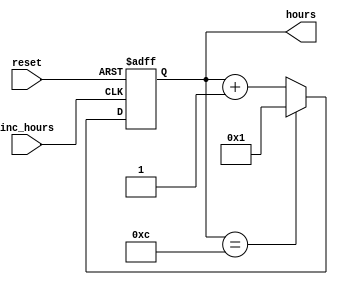
`timescale 1ns / 1ps

module hours(
    input inc_hours,        // From minutes
    input reset,
    output [3:0] hours
    );
    
    reg [3:0] hrs_ctr = 12;
    
    always @(negedge inc_hours or posedge reset) begin
        if(reset)
            hrs_ctr <= 12;
        else
            if(hrs_ctr == 12)
                hrs_ctr <= 1;
            else
                hrs_ctr <= hrs_ctr + 1;
    end
    
    assign hours = hrs_ctr;
    
endmodule




`timescale 1ns / 1ps

module minutes(
    input inc_minutes,      // From seconds
    input reset,
    output inc_hours,       // To hours
    output [5:0] minutes   
    );
    
    reg [5:0] min_ctr = 0;
    
    always @(negedge inc_minutes or posedge reset) begin
        if(reset)
            min_ctr <= 0;
        else
            if(min_ctr == 59)
                min_ctr <= 0;
            else
                min_ctr <= min_ctr + 1;
    end
    
    assign inc_hours = (min_ctr == 59) ? 1 : 0;
    assign minutes = min_ctr;
    
endmodule



`timescale 1ns / 1ps

module seconds(
    input clk_1Hz,      
    input reset,
    output inc_minutes  // To minutes
    );
    
    reg [5:0] sec_ctr = 0;
    
    always @(posedge clk_1Hz or posedge reset) begin
        if(reset)
            sec_ctr <= 0;
        else
            if(sec_ctr == 59) 
                sec_ctr <= 0;
            else
                sec_ctr <= sec_ctr + 1;
    end
    
    assign inc_minutes = (sec_ctr == 59) ? 1 : 0;
    
endmodule